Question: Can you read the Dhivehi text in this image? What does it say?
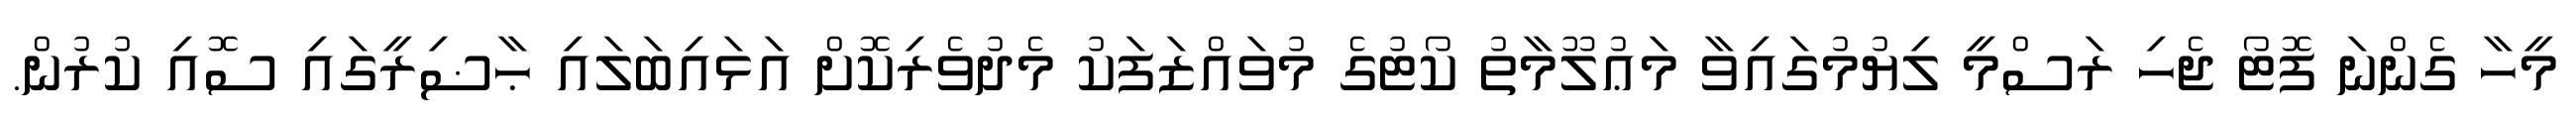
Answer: މީހާ ގެންނަ ފޮޓޯ ޖެހި ރަސްމީ ލިޔުމުގައިވާ މަޢުލޫމާތު ކޯޓުގެ މުވައްޒަފަކު މެދުވެރިކޮށް އަޅައިބަލައި ޙާޟިރީގައި ސޮއި ކުރުން.